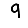
Digit: 9